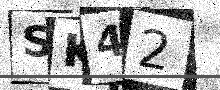
Text: SK42